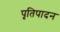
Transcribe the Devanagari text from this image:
पृतिपादन